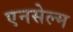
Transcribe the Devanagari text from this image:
एनसेल्म